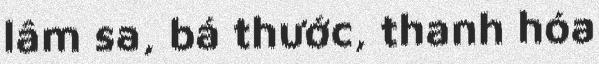
lâm sa, bá thước, thanh hóa